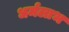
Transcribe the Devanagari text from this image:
धर्मलाभ